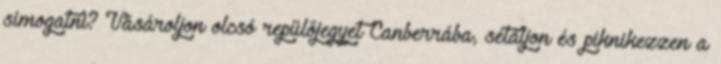
simogatni? Vásároljon olcsó repülőjegyet Canberrába, sétáljon és piknikezzen a